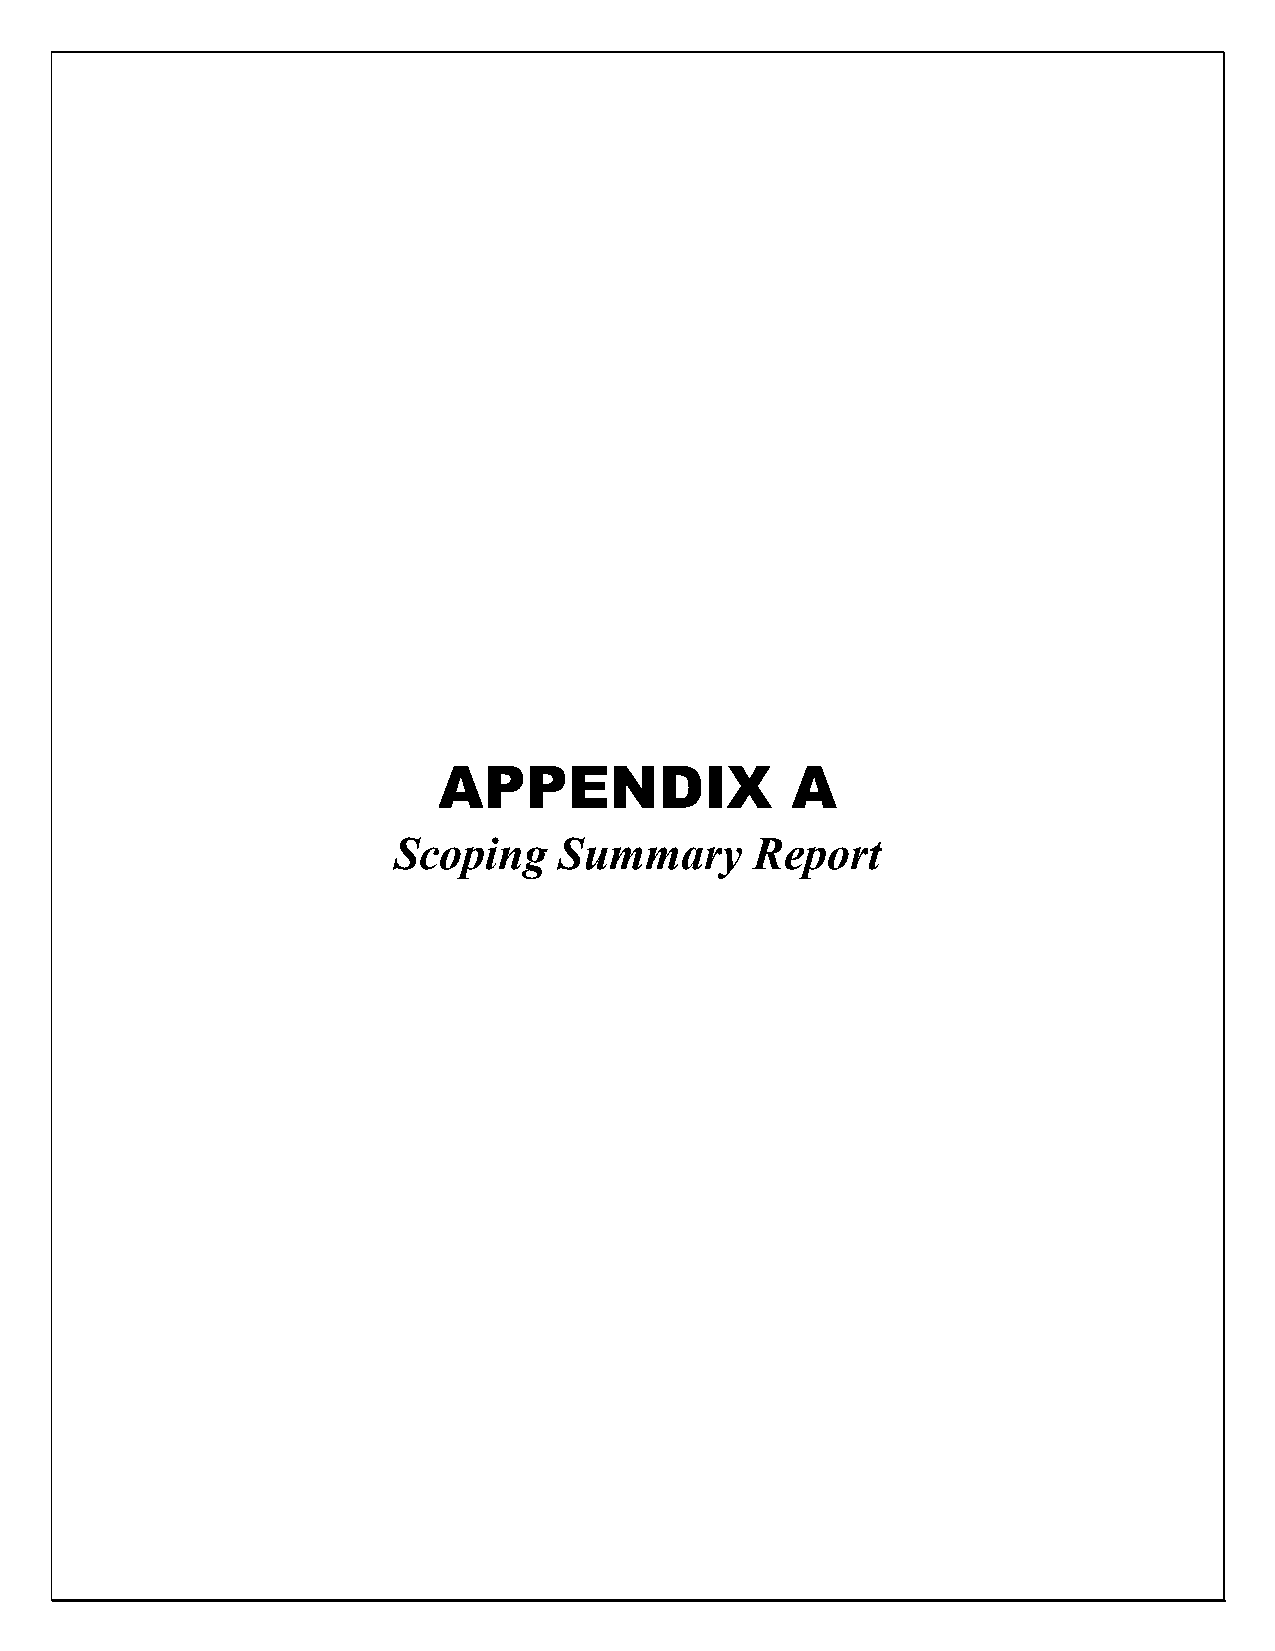
APPENDIX               A
 Scoping    Summary      Report